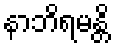
နာဘိရမန္တိ